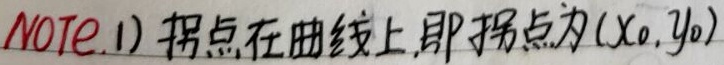
Note.1) 拐点在曲线上，即拐点为\((x_0,y_0)\)